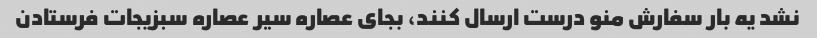
نشد یه بار سفارش منو درست ارسال کنند، بجای عصاره سیر عصاره سبزیجات فرستادن